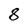
Character: 8